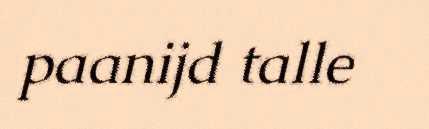
paanijd talle